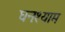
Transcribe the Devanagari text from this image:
घनःश्याम